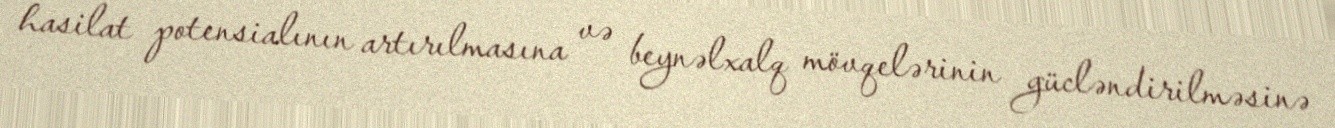
hasilat potensialının artırılmasına və beynəlxalq mövqelərinin gücləndirilməsinə